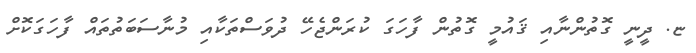
ޏ. ދީނީ ގޮތުންނާއި ޤައުމީ ގޮތުން ފާހަގަ ކުރަންޖެހޭ ދުވަސްތަކާއި މުނާސަބަތުތައް ފާހަގަކޮށް